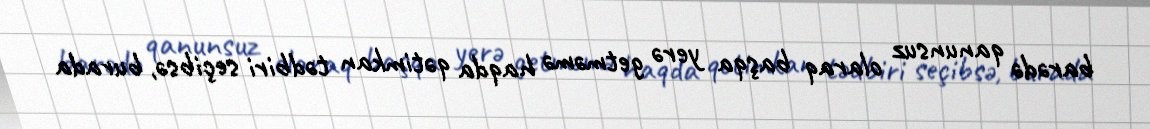
barədə qanunsuz olaraq başqa yerə getməmə haqda qətimkan tədbiri seçibsə, burada